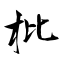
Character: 枇